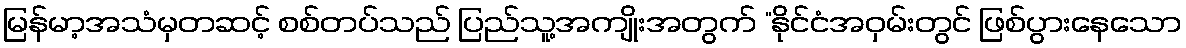
မြန်မာ့အသံမှတဆင့် စစ်တပ်သည် ပြည်သူ့အကျိုးအတွက် “နိုင်ငံအဝှမ်းတွင် ဖြစ်ပွားနေသော